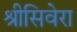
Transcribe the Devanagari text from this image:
श्रीसिवेरा